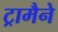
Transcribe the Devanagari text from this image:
ट्रामैने